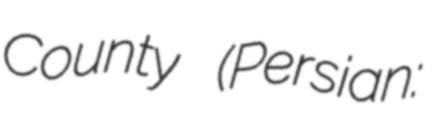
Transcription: County (Persian: